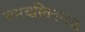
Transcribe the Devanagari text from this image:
रामचरितनाटक